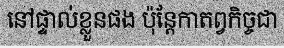
នៅផ្ទាល់ខ្លួនផង ប៉ុន្តែកាតព្វកិច្ចជា